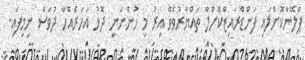
ޕްލޭންކޮށްލައި ފަންޑްރައިޒްކޮށްލާ ތައްޔާރުވެވޭ އިރު މި ހުންނަނީ ދޮޅު އަހަރެއްހާ ދުވަސް ނިމިފައި.